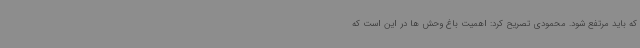
که باید مرتفع شود. محمودی تصریح کرد: اهمیت باغ وحش ها در این است که